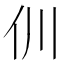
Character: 𠆯